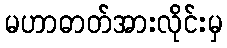
မဟာဓာတ်အားလိုင်းမှ